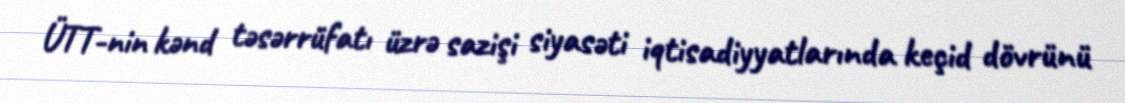
ÜTT-nin kənd təsərrüfatı üzrə sazişi siyasəti iqtisadiyyatlarında keçid dövrünü